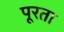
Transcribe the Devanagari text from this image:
पूरता